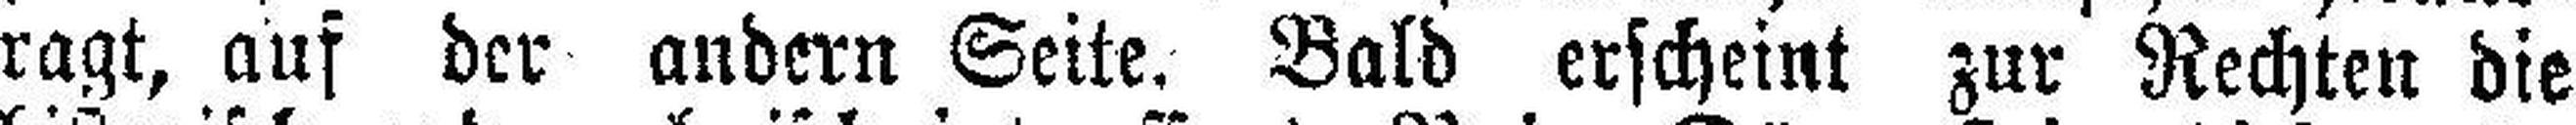
ragt, auf der andern Seite. Bald erscheint zur Rechten die